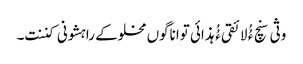
وثی سنچ ءُُ لائقی ءُُ ہذائی تواناگوں مخلوکے راہشونی کننت۔